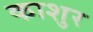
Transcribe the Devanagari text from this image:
काशुर